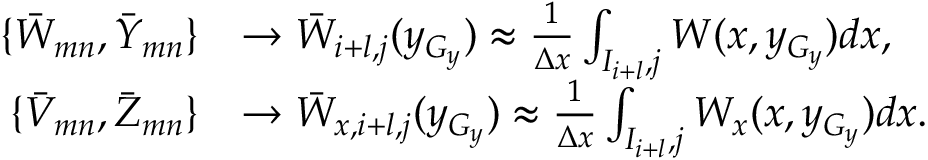
\begin{array} { r l } { \{ \Bar W _ { m n } , \Bar Y _ { m n } \} } & { \rightarrow \Bar W _ { i + l , j } ( y _ { G _ { y } } ) \approx \frac { 1 } { \Delta x } \int _ { I _ { i + l } , j } W ( x , y _ { G _ { y } } ) d x , } \\ { \{ \Bar V _ { m n } , \Bar Z _ { m n } \} } & { \rightarrow \Bar W _ { x , i + l , j } ( y _ { G _ { y } } ) \approx \frac { 1 } { \Delta x } \int _ { I _ { i + l } , j } W _ { x } ( x , y _ { G _ { y } } ) d x . } \end{array}